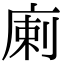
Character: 𢉨